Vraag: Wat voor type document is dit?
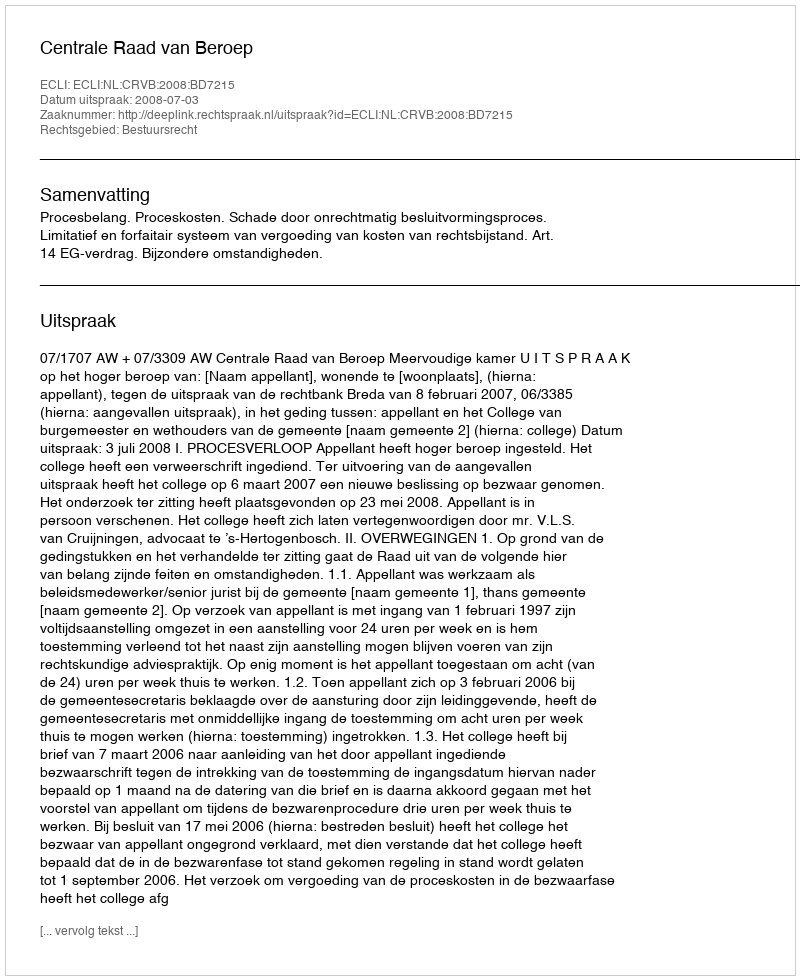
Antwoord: Uitspraak